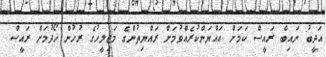
އަދީބު ނައިބް ރައީސް ކަމަށް އައްޔަންކުރެއްވުމަށް ރައްޔިތުންގެ މަޖިލީހުގެ ރުހުން ހޯދުމަށް ރައީސް